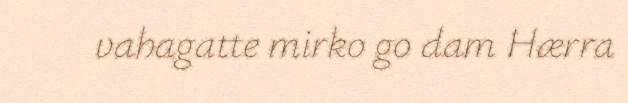
vahagatte mirko go dam Hærra